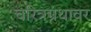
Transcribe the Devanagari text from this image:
चरित्रग्रंथावर